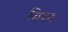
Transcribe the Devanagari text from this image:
शिवन।